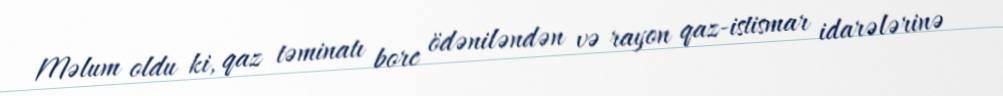
Məlum oldu ki, qaz təminatı borc ödəniləndən və rayon qaz-istismar idarələrinə